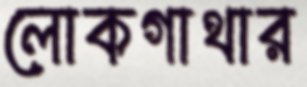
লোকগাথার